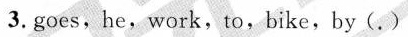
3.goes, he,work,to,bike,by( . )